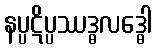
နပ္ပဋိပ္ပဿဒ္ဓလဒ္ဓေါ